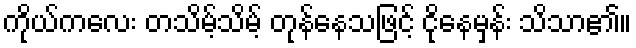
ကိုယ်ကလေး တသိမ့်သိမ့် တုန်နေသဖြင့် ငိုနေမှန်း သိသာ၏။